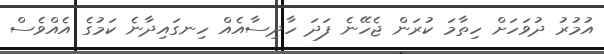
އުމުރު ދުވަހަށް ހިތާމަ ކުރަން ޖެހޭނެ ފަދަ ހާދިސާއެއް ހިނގައިދާނެ ކަމުގެ އެއްވެސް